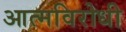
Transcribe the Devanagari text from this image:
आत्मविरोधी